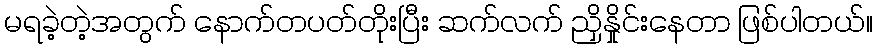
မရခဲ့တဲ့အတွက် နောက်တပတ်တိုးပြီး ဆက်လက် ညှိနှိုင်းနေတာ ဖြစ်ပါတယ်။